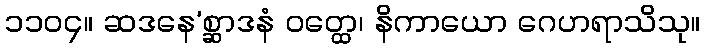
၁၁၀၄။ ဆဒနေ’စ္ဆာဒနံ ဝတ္ထေ၊ နိကာယော ဂေဟရာသိသု။